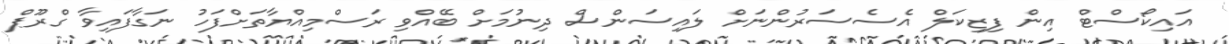
އައިކޯސްޓް އިން ފިޒިކަލް އެސެސަރުންނަށް ލައިސަންސް ދިނުމަށް ބޭއްވި ރަސްމިއްޔާތަށްފަހު ނަގާފައިވާ ގްރޫޕް